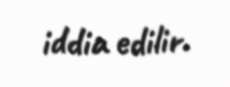
iddia edilir.